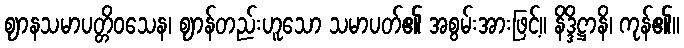
ဈာနသမာပတ္တိဝသေန၊ ဈာန်တည်းဟူသော သမာပတ်၏ အစွမ်းအားဖြင့်။ နိဒ္ဒိဋ္ဌာနိ၊ ကုန်၏။